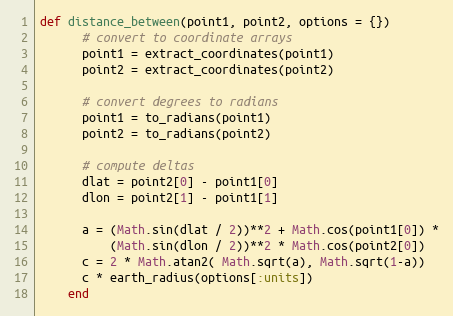
Language: Ruby
def distance_between(point1, point2, options = {})
      # convert to coordinate arrays
      point1 = extract_coordinates(point1)
      point2 = extract_coordinates(point2)

      # convert degrees to radians
      point1 = to_radians(point1)
      point2 = to_radians(point2)

      # compute deltas
      dlat = point2[0] - point1[0]
      dlon = point2[1] - point1[1]

      a = (Math.sin(dlat / 2))**2 + Math.cos(point1[0]) *
          (Math.sin(dlon / 2))**2 * Math.cos(point2[0])
      c = 2 * Math.atan2( Math.sqrt(a), Math.sqrt(1-a))
      c * earth_radius(options[:units])
    end